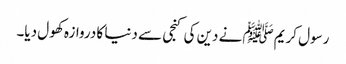
رسول کریمﷺ نے دین کی کنجی سے دنیا کا دروازہ کھول دیا۔